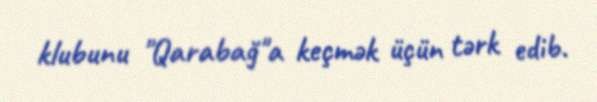
klubunu "Qarabağ"a keçmək üçün tərk edib.